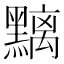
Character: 𪒔